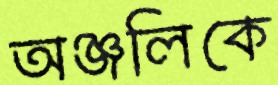
অঞ্জলিকে